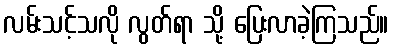
လမ်းသင့်သလို လွတ်ရာ သို့ ပြေးလာခဲ့ကြသည်။